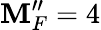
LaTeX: \mathbf{M}_{F}^{\prime\prime}=4